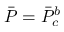
\Bar { P } = \Bar { P } _ { c } ^ { b }